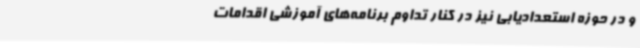
و در حوزه استعدادیابی نیز در کنار تداوم برنامه‌های آموزشی اقدامات